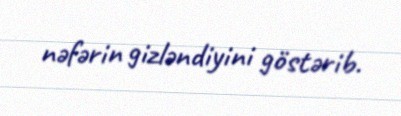
nəfərin gizləndiyini göstərib.